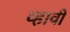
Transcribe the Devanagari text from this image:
व्‍हावी